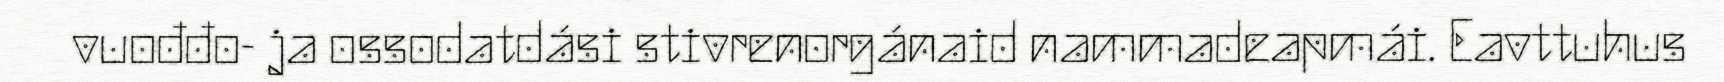
vuođđo- ja ossodatdási stivrenorgánaid nammadeapmái. Eavttuhus